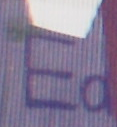
Eo